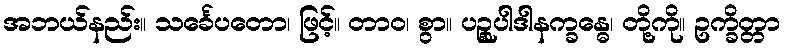
အဘယ်နည်း။ သင်္ခေပတော၊ ဖြင့်။ တာဝ၊ စွာ။ ပဉ္စုပါဒါနက္ခန္ဓေ၊ တို့ကို။ ဥက္ခိတ္တာ